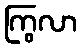
ကြွလာ